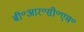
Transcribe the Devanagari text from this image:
बी॰आर॰सी॰एम॰